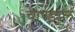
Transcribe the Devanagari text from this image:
चाण्डालं